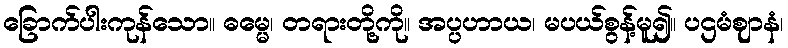
ခြောက်ပါးကုန်သော။ ဓမ္မေ၊ တရားတို့ကို။ အပ္ပဟာယ၊ မပယ်စွန့်မူ၍။ ပဌမံဈာနံ၊